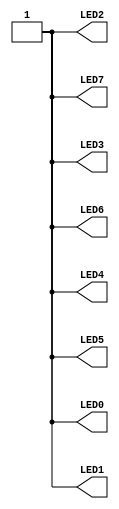
//------------------------------------------------------------------
//-- Test: Turning all the icezum leds on
//------------------------------------------------------------------

module leds(output wire LED0,
            output wire LED1,
            output wire LED2,
            output wire LED3,
            output wire LED4,
            output wire LED5,
            output wire LED6,
            output wire LED7);

assign {LED0, LED1, LED2, LED3, LED4, LED5, LED6, LED7} = 8'hFF;

endmodule